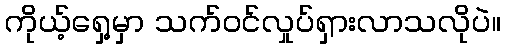
ကိုယ့်ရှေ့မှာ သက်ဝင်လှုပ်ရှားလာသလိုပဲ။